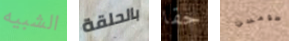
الشبيه بالحلقة حقا طومسن